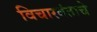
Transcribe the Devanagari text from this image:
विचारवंताचे